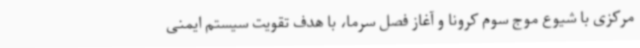
مرکزی با شیوع موج سوم کرونا و آغاز فصل سرما، با هدف تقویت سیستم ایمنی